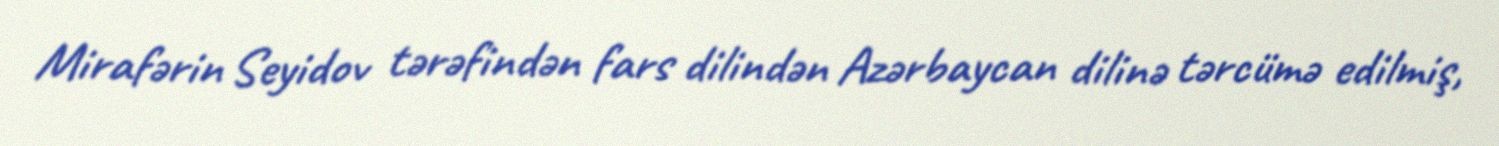
Mirafərin Seyidov tərəfindən fars dilindən Azərbaycan dilinə tərcümə edilmiş,